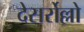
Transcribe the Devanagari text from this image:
देसर्रोल्लो